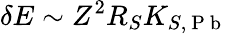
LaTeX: \delta E\sim Z^{2}R_{S}K_{S,\mathrm{~P~b~}}